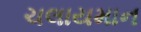
ચલાયમાન